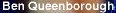
Ben Queenborough